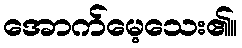
အောက်မေ့သေး၏။